Civil Veterinary Department Bengal reports 1923-33 - 1923-1933
Year: 1923
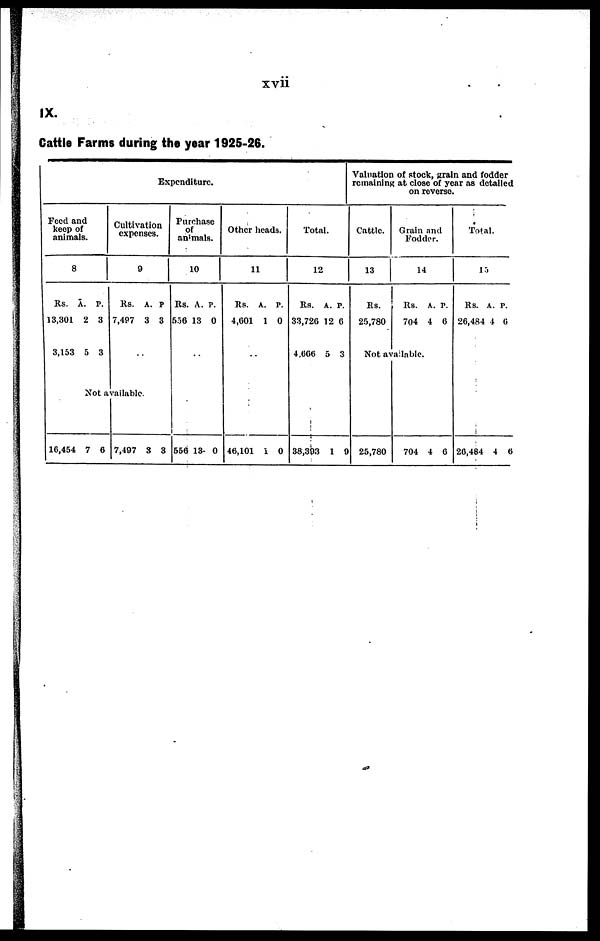
xvii
IX.
Cattle Farms during the year 1925-26.
Expenditure.
Feed and
keep of
animals.
8
Rs.
13,301
3,153
A.
2
5
P.
3
3
Cultivation
expenses.
9
Rs.
7,497
..
A.
3
P
3
Not available.
16,454 7 6 7,497 3
3
Purchase
of
animals.
1
0
Rs.
556
..
556
A. P
13
13
.
0
0
Other heads.
11
Rs.
4,601
..
46,101
A.
1
1
P.
0
0
Total.
12
Rs.
33,726
4,666
38,393
A.
12
5
1
P.
6
3
9
Valuation of stock, grain and fodder
remaining at close of year as detailed
on reverse.
Cattle.
13
Rs.
25,780
Grain and
Fodder.
14
Rs.
704
Not available.
25,780
704
A.
4
4
P.
6
6
Total.
15
Rs.
26,484
26,484
A.
4
4
P.
6
6